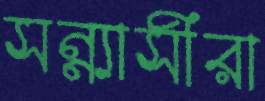
সন্ন্যাসীরা